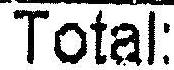
TOTAL: